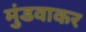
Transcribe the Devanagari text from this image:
मुंडवाकर